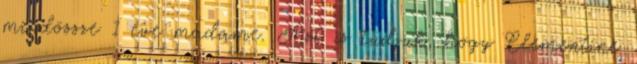
mindössze 1 éve madame. Azt is tudjuk, hogy Clementine